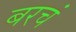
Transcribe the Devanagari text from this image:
बरचं